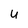
Character: u